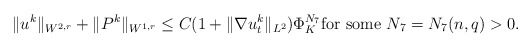
\begin{align*}\|u^k\|_{W^{2,r}}+\|P^k\|_{W^{1,r}}\le C(1+\|\nabla u_t^k\|_{L^2})\Phi_K^{N_7} {\rm for \ some}\ N_7=N_7(n,q)>0.\end{align*}